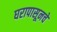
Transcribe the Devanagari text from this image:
घरापासूनचे